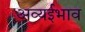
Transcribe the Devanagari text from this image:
अव्यईभाव